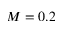
M = 0 . 2